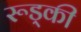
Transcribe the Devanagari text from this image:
रूड्की